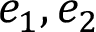
e _ { 1 } , e _ { 2 }